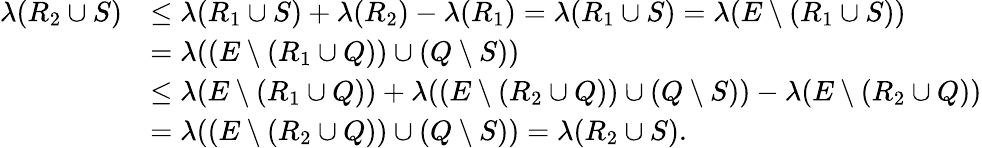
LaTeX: \begin{array}{rl}{\lambda(R_{2}\cup S)}&{\leq\lambda(R_{1}\cup S)+\lambda(R_{2})-\lambda(R_{1})=\lambda(R_{1}\cup S)=\lambda(E\setminus(R_{1}\cup S))}\\ &{=\lambda((E\setminus(R_{1}\cup Q))\cup(Q\setminus S))}\\ &{\leq\lambda(E\setminus(R_{1}\cup Q))+\lambda((E\setminus(R_{2}\cup Q))\cup(Q\setminus S))-\lambda(E\setminus(R_{2}\cup Q))}\\ &{=\lambda((E\setminus(R_{2}\cup Q))\cup(Q\setminus S))=\lambda(R_{2}\cup S).}\end{array}